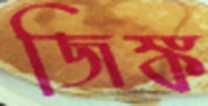
জিঙ্ক